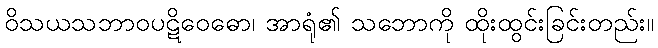
ဝိသယသဘာဝပဋိဝေဓော၊ အာရုံ၏ သဘောကို ထိုးထွင်းခြင်းတည်း။